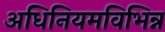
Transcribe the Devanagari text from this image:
अधिनियमविभिन्न